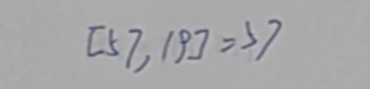
[ 5 7 , 1 9 ] = 5 7